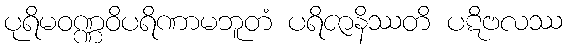
ပုရိမဝဏ္ဏဝိပရိဏာမဘူတံ ပရိဇာနိဿတိ ပဋိဗလဿ